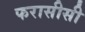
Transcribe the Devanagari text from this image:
फरासीसी